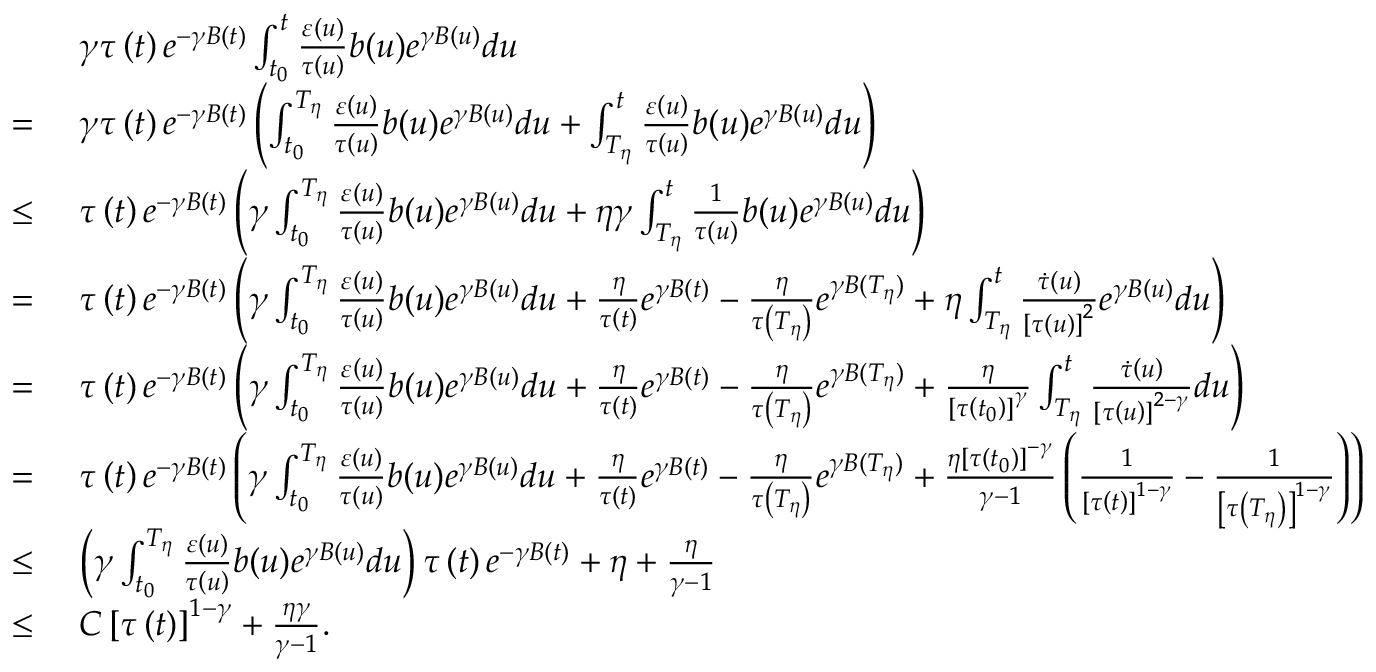
\begin{array} { r l } & { \gamma \tau \left( t \right) e ^ { - \gamma B ( t ) } \int _ { t _ { 0 } } ^ { t } \frac { \varepsilon \left( u \right) } { \tau \left( u \right) } b ( u ) e ^ { \gamma B ( u ) } d u } \\ { = \ } & { \gamma \tau \left( t \right) e ^ { - \gamma B ( t ) } \left( \int _ { t _ { 0 } } ^ { T _ { \eta } } \frac { \varepsilon \left( u \right) } { \tau \left( u \right) } b ( u ) e ^ { \gamma B ( u ) } d u + \int _ { T _ { \eta } } ^ { t } \frac { \varepsilon \left( u \right) } { \tau \left( u \right) } b ( u ) e ^ { \gamma B ( u ) } d u \right) } \\ { \leq \ } & { \tau \left( t \right) e ^ { - \gamma B ( t ) } \left( \gamma \int _ { t _ { 0 } } ^ { T _ { \eta } } \frac { \varepsilon \left( u \right) } { \tau \left( u \right) } b ( u ) e ^ { \gamma B ( u ) } d u + \eta \gamma \int _ { T _ { \eta } } ^ { t } \frac { 1 } { \tau \left( u \right) } b ( u ) e ^ { \gamma B ( u ) } d u \right) } \\ { = \ } & { \tau \left( t \right) e ^ { - \gamma B ( t ) } \left( \gamma \int _ { t _ { 0 } } ^ { T _ { \eta } } \frac { \varepsilon \left( u \right) } { \tau \left( u \right) } b ( u ) e ^ { \gamma B ( u ) } d u + \frac { \eta } { \tau \left( t \right) } e ^ { \gamma B ( t ) } - \frac { \eta } { \tau \left( T _ { \eta } \right) } e ^ { \gamma B ( T _ { \eta } ) } + \eta \int _ { T _ { \eta } } ^ { t } \frac { \dot { \tau } \left( u \right) } { \left[ \tau \left( u \right) \right] ^ { 2 } } e ^ { \gamma B ( u ) } d u \right) } \\ { = \ } & { \tau \left( t \right) e ^ { - \gamma B ( t ) } \left( \gamma \int _ { t _ { 0 } } ^ { T _ { \eta } } \frac { \varepsilon \left( u \right) } { \tau \left( u \right) } b ( u ) e ^ { \gamma B ( u ) } d u + \frac { \eta } { \tau \left( t \right) } e ^ { \gamma B ( t ) } - \frac { \eta } { \tau \left( T _ { \eta } \right) } e ^ { \gamma B ( T _ { \eta } ) } + \frac { \eta } { \left[ \tau \left( t _ { 0 } \right) \right] ^ { \gamma } } \int _ { T _ { \eta } } ^ { t } \frac { \dot { \tau } \left( u \right) } { \left[ \tau \left( u \right) \right] ^ { 2 - \gamma } } d u \right) } \\ { = \ } & { \tau \left( t \right) e ^ { - \gamma B ( t ) } \left( \gamma \int _ { t _ { 0 } } ^ { T _ { \eta } } \frac { \varepsilon \left( u \right) } { \tau \left( u \right) } b ( u ) e ^ { \gamma B ( u ) } d u + \frac { \eta } { \tau \left( t \right) } e ^ { \gamma B ( t ) } - \frac { \eta } { \tau \left( T _ { \eta } \right) } e ^ { \gamma B ( T _ { \eta } ) } + \frac { \eta \left[ \tau \left( t _ { 0 } \right) \right] ^ { - \gamma } } { \gamma - 1 } \left( \frac { 1 } { \left[ \tau \left( t \right) \right] ^ { 1 - \gamma } } - \frac { 1 } { \left[ \tau \left( T _ { \eta } \right) \right] ^ { 1 - \gamma } } \right) \right) } \\ { \leq \ } & { \left( \gamma \int _ { t _ { 0 } } ^ { T _ { \eta } } \frac { \varepsilon \left( u \right) } { \tau \left( u \right) } b ( u ) e ^ { \gamma B ( u ) } d u \right) \tau \left( t \right) e ^ { - \gamma B ( t ) } + \eta + \frac { \eta } { \gamma - 1 } } \\ { \leq \ } & { C \left[ \tau \left( t \right) \right] ^ { 1 - \gamma } + \frac { \eta \gamma } { \gamma - 1 } . } \end{array}